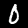
Label: 0